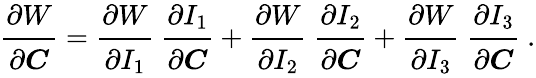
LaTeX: {\cfrac{\partial W}{\partial{\boldsymbol{C}}}}={\cfrac{\partial W}{\partial I_{1}}}~{\cfrac{\partial I_{1}}{\partial{\boldsymbol{C}}}}+{\cfrac{\partial W}{\partial I_{2}}}~{\cfrac{\partial I_{2}}{\partial{\boldsymbol{C}}}}+{\cfrac{\partial W}{\partial I_{3}}}~{\cfrac{\partial I_{3}}{\partial{\boldsymbol{C}}}}~.